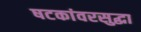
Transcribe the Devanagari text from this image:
षटकांवरसुद्धा